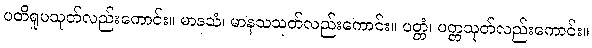
ပတိရူပသုတ်လည်းကောင်း။ မာနသံ၊ မာနသသုတ်လည်းကောင်း။ ပတ္တံ၊ ပတ္တသုတ်လည်းကောင်း။